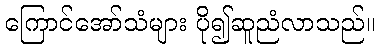
ကြောင်အော်သံများ ပို၍ဆူညံလာသည်။